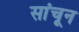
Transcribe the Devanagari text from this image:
सांचून